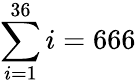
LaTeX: \sum\limits_{i=1}^{36}i=666